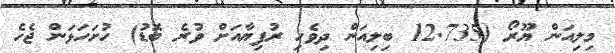
މިލިއަން ޔޫރޯ (12.735 ބިލިއަން ދިވެހި ރުފިޔާއަށް ވުރެ ބޮޑު) ހުށަހަޅަން ޖެހެ